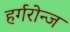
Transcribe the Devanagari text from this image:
हर्गरोन्ज